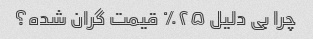
چرا بی دلیل ۲۵٪ قیمت گران شده؟